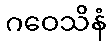
ဂဝေသိနံ